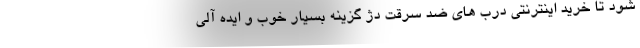
شود تا خرید اینترنتی درب های ضد سرقت دژ گزینه بسیار خوب و ایده آلی